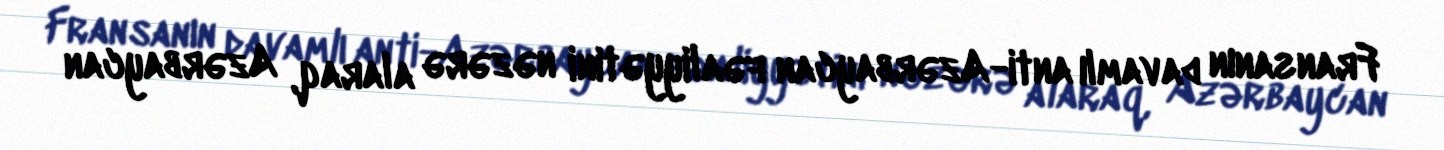
Fransanın davamlı anti-Azərbaycan fəaliyyətini nəzərə alaraq, Azərbaycan